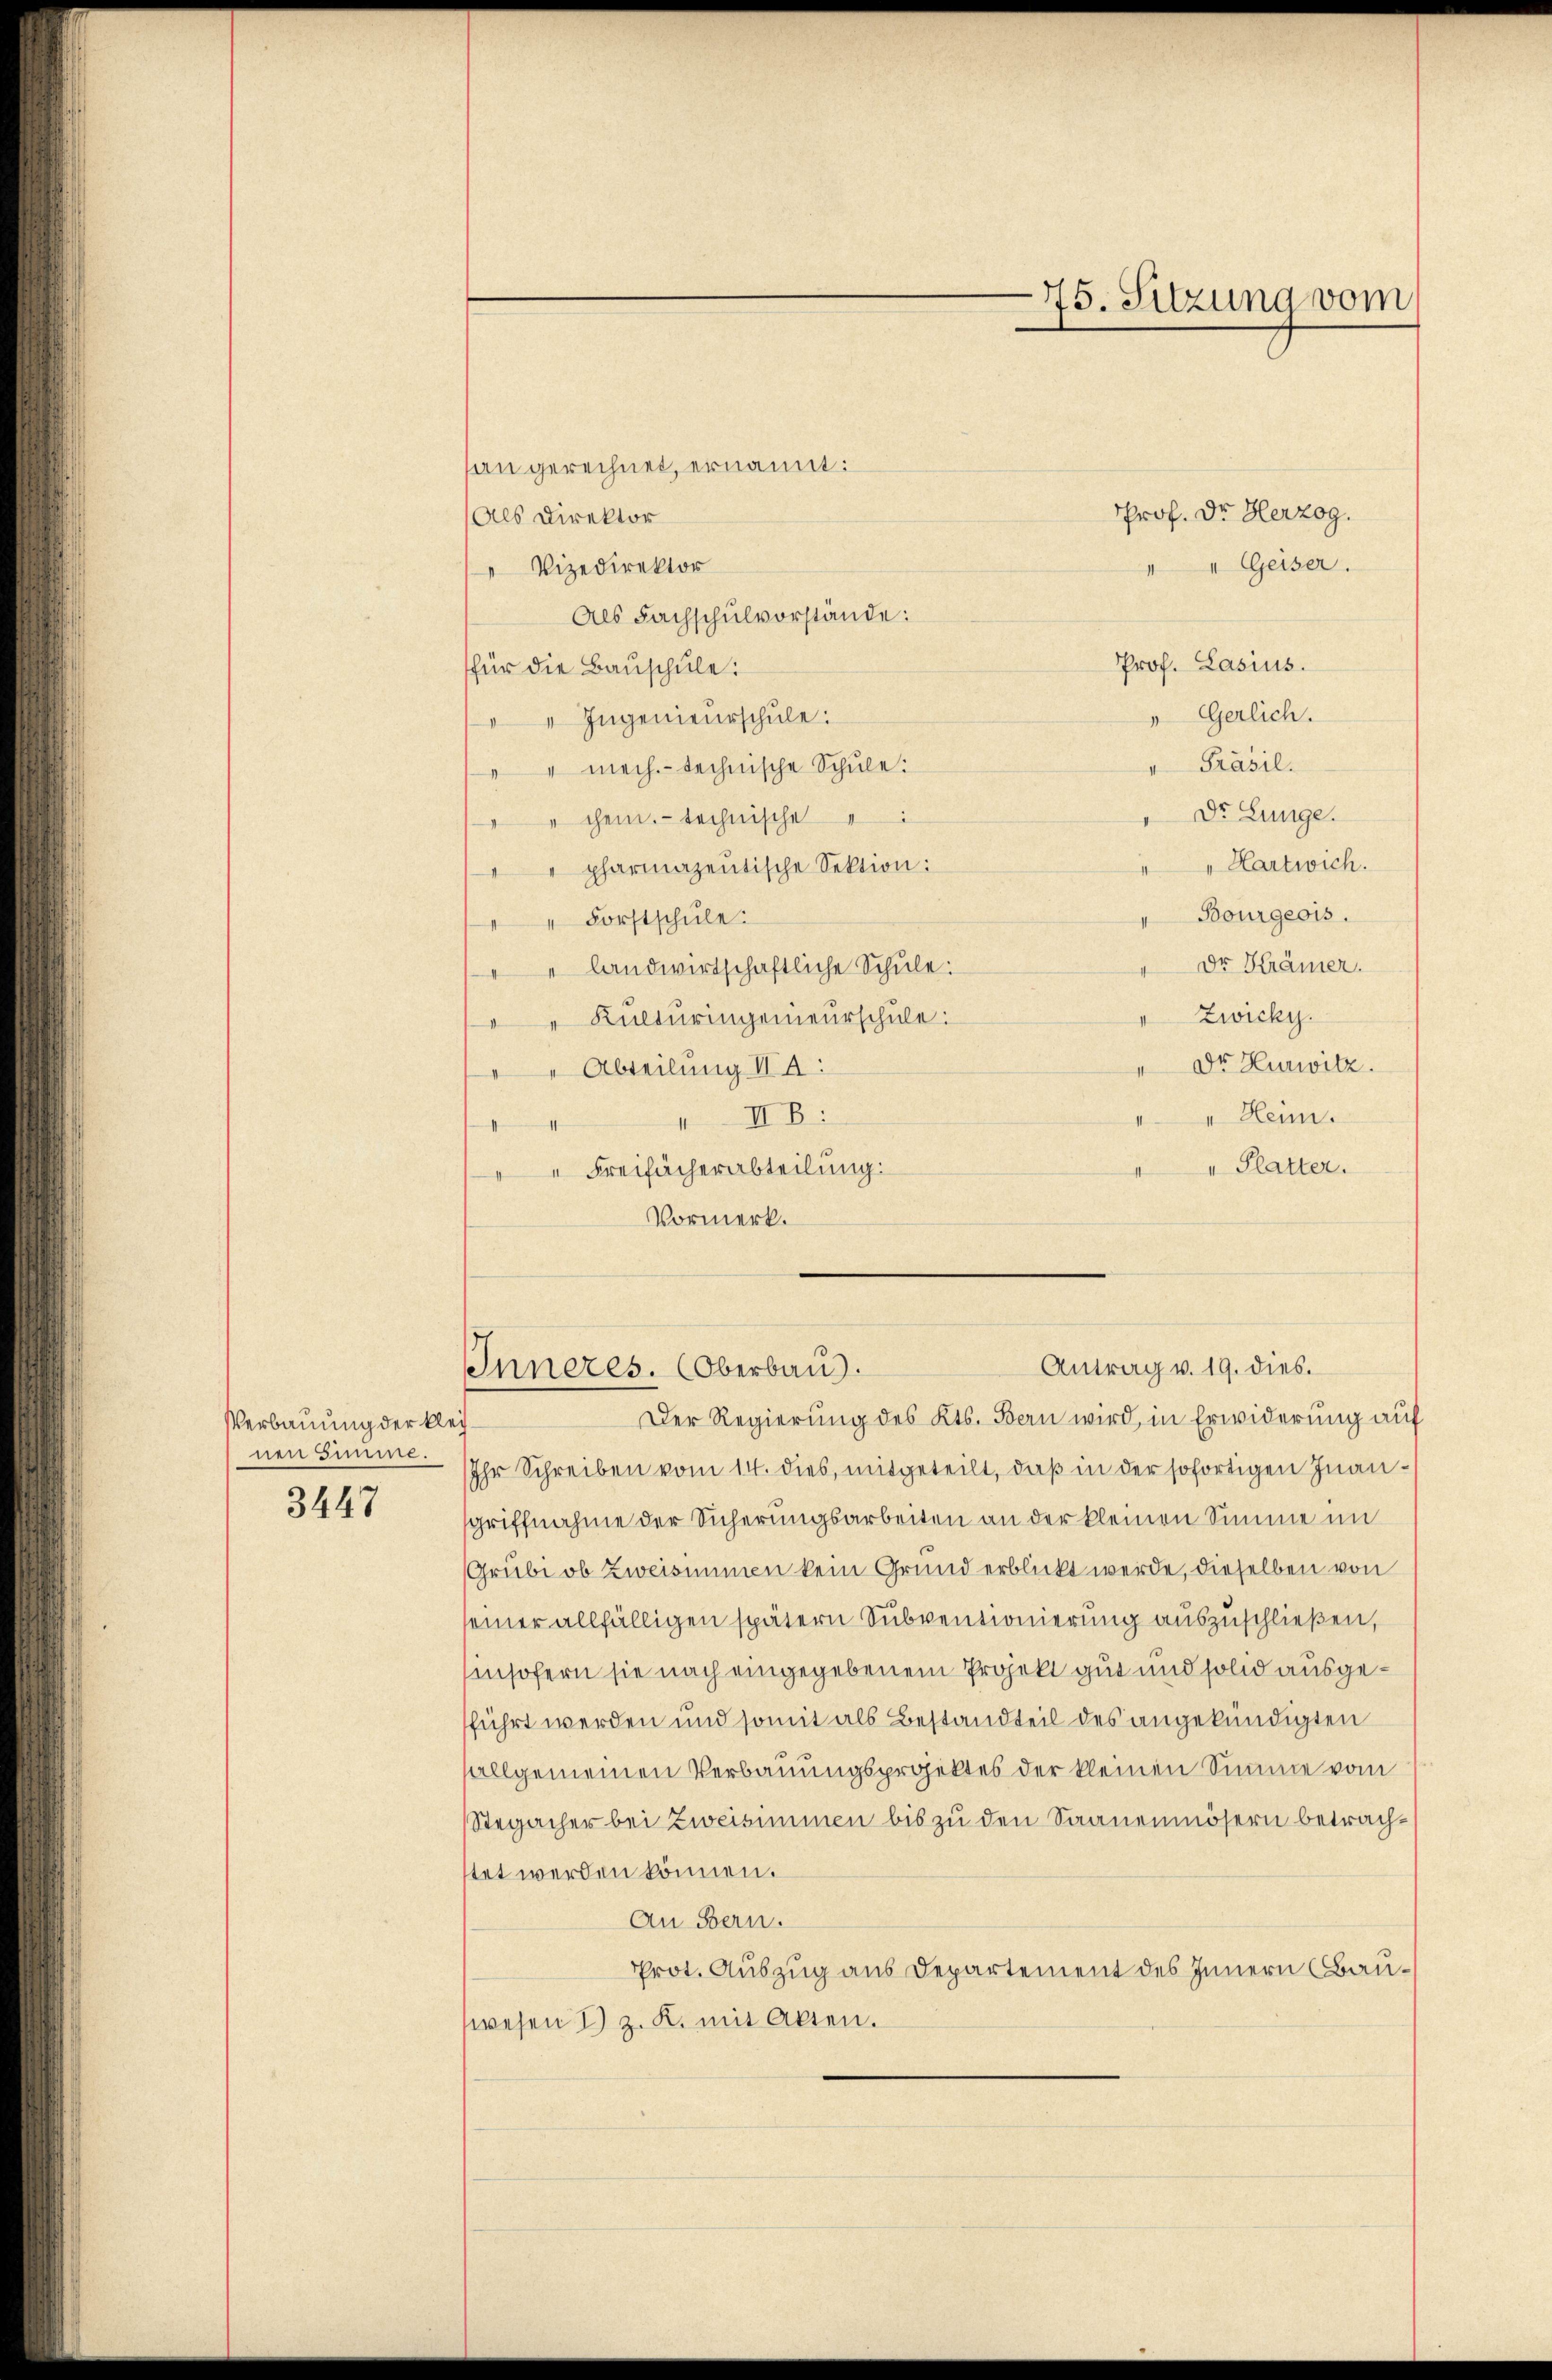
Verbauung der kleinen Simme.

3447

sangerechnet, ernannt:
Prof. Dr. Herzog.
Als Direktor
" Vizedirektor
 "Geiser.
Als Fachschulvorstände:
Prof. Lasius.
für die Bauschule:
"Gerlich.
Ingenieurschule:
II
" Präsil.
" " mech.- technische Schule:
Dr. Lunge.
chem.- technische
" " Kartwich.
"" pharmazentische Sektion:
Bourgeois.
Forstschule:
Dr Krämer.
" landwirtschaftliche Schule:
Zwicky.
" Kulturingenieurschule:
" Dr. Hurwitz.
Abteilung II A:
 Henn.
II B:
t
I Platter.
Freifächerabteilung:
Vormerk.

75. Sitzung vom

Ihr Schreiben vom 14. dies, mitgeteilt, daß in der sofortigen Inangriffnahme der Sicherungsarbeiten an der kleinen Simme im
Grübi ob zweisimmen kein Grund erblickt werde, dieselben von
seiner allfälligen spätern Subventionierung auszuschließen,
insofern sie nach eingegebenem Projekt gut und solid ausgeführt werden und somit als Bestandteil des angekündigten
sallgemeinen Verbauungsprojektes der kleinen Simme vom
Stegacher bei Zweisimmen bis zu den Saanenmösern betrachtet werden können.
An Bern.
Prot. Auszug aus Departement des Innern (Bauwesen I z. R. mit Akten.

Antrag v. 19. dies.
Inneres. (Oberbaus.
Der Regierung des Kts. Bern wird, in Erwiderung auf